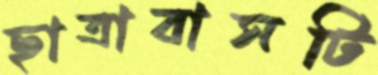
ছাত্রাবাসটি